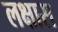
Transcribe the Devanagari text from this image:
लक्षास